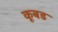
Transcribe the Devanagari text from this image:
कूबड